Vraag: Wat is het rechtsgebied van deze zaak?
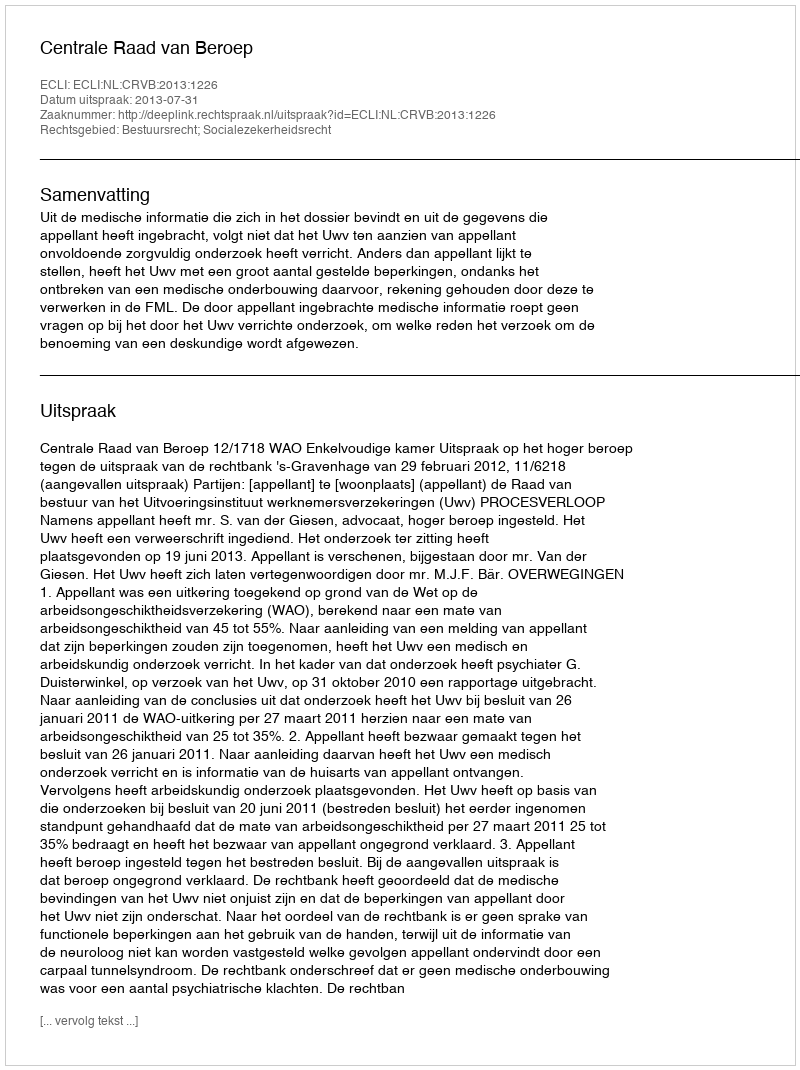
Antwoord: Bestuursrecht; Socialezekerheidsrecht